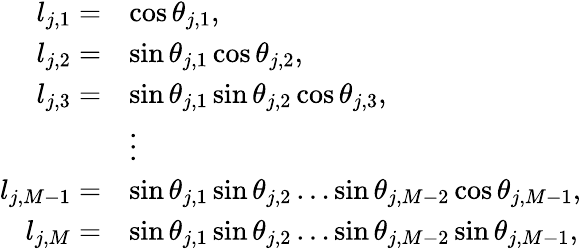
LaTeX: \begin{array}{rl}{l_{j,1}=}&{\cos\theta_{j,1},}\\ {l_{j,2}=}&{\sin\theta_{j,1}\cos\theta_{j,2},}\\ {l_{j,3}=}&{\sin\theta_{j,1}\sin\theta_{j,2}\cos\theta_{j,3},}\\ &{\vdots}\\ {l_{j,M-1}=}&{\sin\theta_{j,1}\sin\theta_{j,2}\ldots\sin\theta_{j,M-2}\cos\theta_{j,M-1},}\\ {l_{j,M}=}&{\sin\theta_{j,1}\sin\theta_{j,2}\ldots\sin\theta_{j,M-2}\sin\theta_{j,M-1},}\end{array}